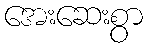
အေးဆေးစွာ